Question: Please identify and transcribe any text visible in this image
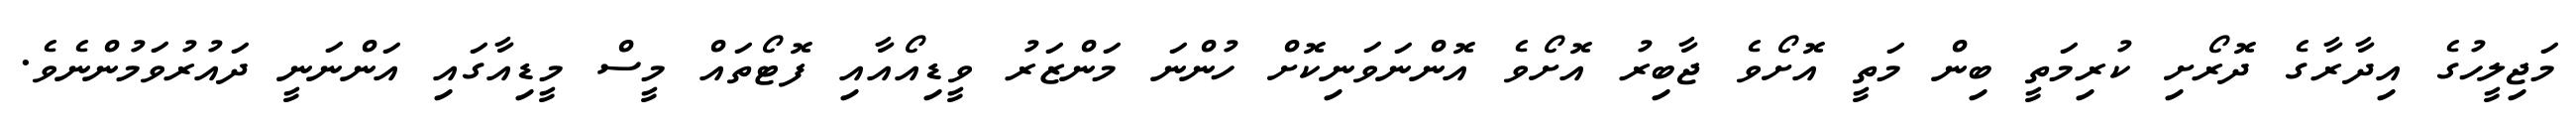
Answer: މަޖިލީހުގެ އިދާރާގެ ދޮރޯށި ކުރިމަތީ ބިން މަތީ އޮށޯވެ ޖާބިރު އޮށޯވެ އޮންނަވަނިކޮށް ހުންނަ މަންޒަރު ވީޑިއޯއާއި ފޮޓޯތައް މީސް މީޑިއާގައި އަންނަނީ ދައުރުވަމުންނެވެ.